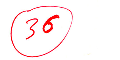
36